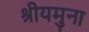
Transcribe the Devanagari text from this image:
श्रीयमुना